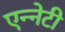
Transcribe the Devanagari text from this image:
एन्नेटी